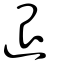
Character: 𨓤